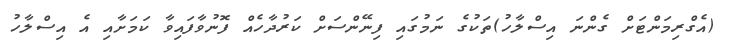
(އެގްރިމަންޓަށް ގެންނަ އިސްލާހު)ތަކުގެ ނަމުގައި ފިނޭންސަށް ކަރުދާހެއް ފޮނުވާފައިވާ ކަމަށާއި އެ އިސްލާހު